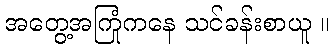
အတွေ့အကြုံကနေ သင်ခန်းစာယူ ။